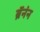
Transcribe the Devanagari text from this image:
ब्रॅनंन